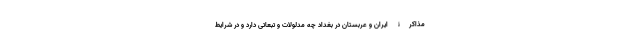
مذاکرۀ ایران و عربستان در بغداد چه مدلولات و تبعاتی دارد و در شرایط